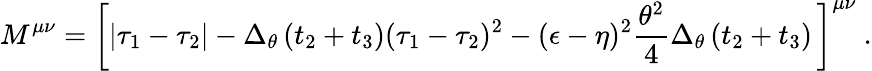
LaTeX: M^{\mu\nu}=\left[\vert\tau_{1}-\tau_{2}\vert-\Delta_{\theta}\, (t_{2}+t_{3})(\tau_{1}-\tau_{2})^{2}-(\epsilon-\eta)^{2}{\frac{\theta^{2}}{4}}\Delta_{\theta}\, (t_{2}+t_{3})\, \right]^{\mu\nu}\ .